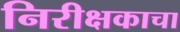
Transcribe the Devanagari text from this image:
निरीक्षकाचा